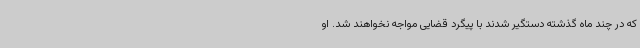
که در چند ماه گذشته دستگیر شدند با پیگرد قضایی مواجه نخواهند شد. او